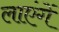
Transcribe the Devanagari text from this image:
लाएंगें